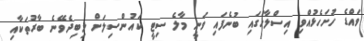
ވައްޑެ ހުށަހެޅުއްވި އިސްލާހުގައި ބުނެފައި ވަނީ މާލެ ސިޓީ ކައުންސިލަށް ލިބިދެވޭނެ ބާރުތަކާއި